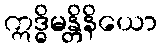
ဣဒ္ဓိမန္တိနိယော